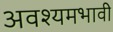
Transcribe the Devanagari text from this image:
अवश्यमभावी